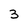
Character: 3